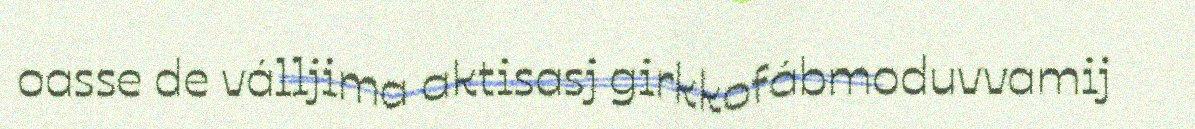
oasse de válljima aktisasj girkkofábmoduvvamij